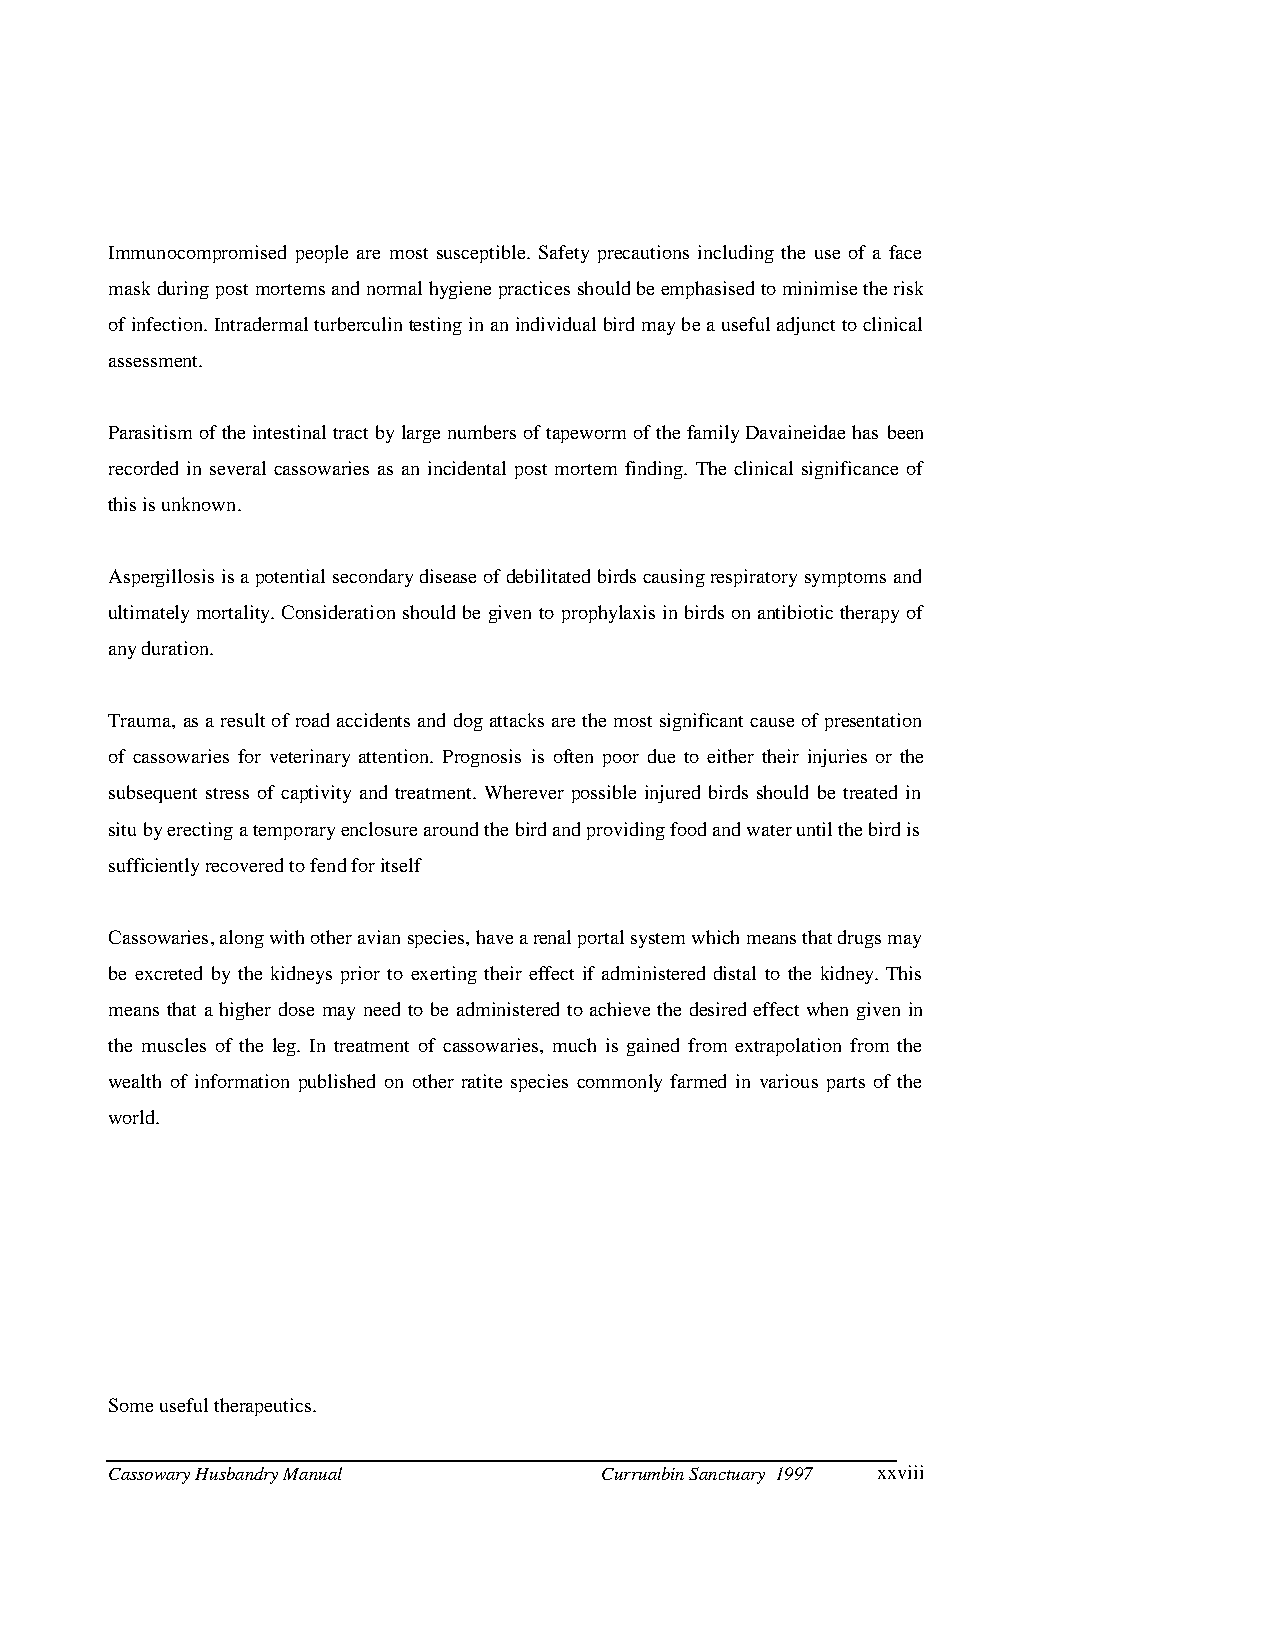
Immunocompromised people are most susceptible. Safety precautions including the use of a face
 mask during post mortems and normal hygiene practices should be emphasised to minimise the risk
 of infection. Intradermal turberculin testing in an individual bird may be a useful adjunct to clinical
 assessment.
 Parasitism of the intestinal tract by large numbers of tapeworm of the family Davaineidae has been
 recorded in several cassowaries as an incidental post mortem finding. The clinical significance of
 this is unknown.
 Aspergillosis is a potential secondary disease of debilitated birds causing respiratory symptoms and
 ultimately mortality. Consideration should be given to prophylaxis in birds on antibiotic therapy of
 any duration.
 Trauma, as a result of road accidents and dog attacks are the most significant cause of presentation
 of cassowaries for veterinary attention. Prognosis is often poor due to eit her their injuries or the
 subsequent stress of captivity and treatment. Wherever possible injured birds should be treated in
 situ by erecting a temporary enclosure around the bird and providing food and water until the bird is
 sufficiently recovered to fend for itself
 Cassowaries, along with other avian species, have a renal portal system which means that drugs may
 be excreted by the kidneys prior to exerting their effect if administered distal to the kidney. This
 means that a higher dose may need to be adm inistered to achieve the desired effect when given in
 the muscles of the leg. In treatment of cassowaries, much is gained from extrapolation from the
 wealth of information published on other ratite species commonly farmed in various parts of the
 world.
 Some useful therapeutics.
 Cassowary Husbandry Manual       Currumbin Sanctuary 1997 xxviii